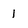
Character: 1